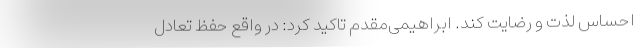
احساس لذت و رضایت کند. ابراهیمی‌مقدم تاکید کرد: در واقع حفظ تعادل